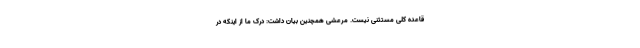
قاعده کلی مستثنی نیست. مرعشی همچنین بیان داشت: درک ما از اینکه در